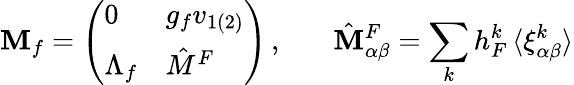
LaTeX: {\cal\mathbf{M}}_{f}=\left(\begin{array}{ll}{{0}}&{{g_{f}v_{1(2)}}}\\ {{\Lambda_{f}}}&{{\hat{M}^{F}}}\end{array}\right)\, ,~~~~~~~\hat{{\mathbf{M}}}_{\alpha\beta}^{F}=\sum_{k}h_{F}^{k}\, \langle\xi_{\alpha\beta}^{k}\rangle